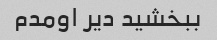
ببخشید دیر اومدم